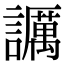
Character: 𧭡